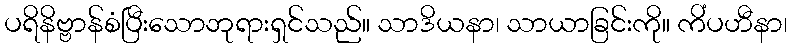
ပရိနိဗ္ဗာန်စံပြီးသောဘုရားရှင်သည်။ သာဒိယနာ၊ သာယာခြင်းကို။ ကိံပဟီနာ၊